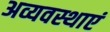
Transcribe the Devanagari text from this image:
अव्यवस्थाएं